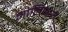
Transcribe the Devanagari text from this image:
मोलिनारी